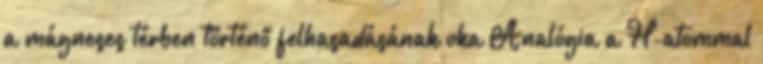
a mágneses térben történő felhasadásának oka Analógia a H-atommal